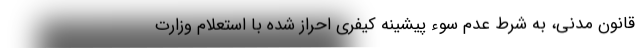
قانون مدنی، به شرط عدم سوء پیشینه کیفری احراز شده با استعلام وزارت